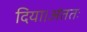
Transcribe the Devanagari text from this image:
दिया।अंततः